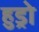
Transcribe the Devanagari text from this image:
हुड्रो